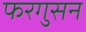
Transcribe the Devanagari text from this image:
फरगुसन